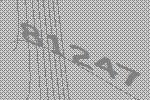
81247